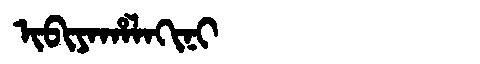
Manchu: ᡳᠪᡳᠶᠠᡥᠠᠯᠠᡴᡳᠨᡳ
Romanization: IBIYAHALAKINI